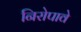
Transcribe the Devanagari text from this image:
निरोपावे